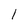
Character: l